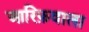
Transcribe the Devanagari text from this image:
आरिफ़वाला